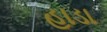
હાડા